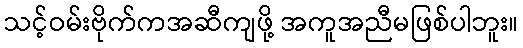
သင့်ဝမ်းဗိုက်ကအဆီကျဖို့ အကူအညီမဖြစ်ပါဘူး။